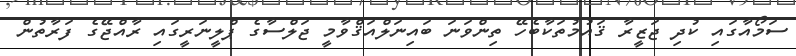
ސަމޯއާގައި ކުދި ޖަޒީރާ ޤައުމުތަކާބެހޭ ތިންވަނަ ބައިނަލްއަޤްވާމީ ޖަލްސާގެ ޕްލީނަރީގައި ރާއްޖޭގެ ފަރާތުން